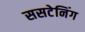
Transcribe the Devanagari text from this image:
ससटेनिंग